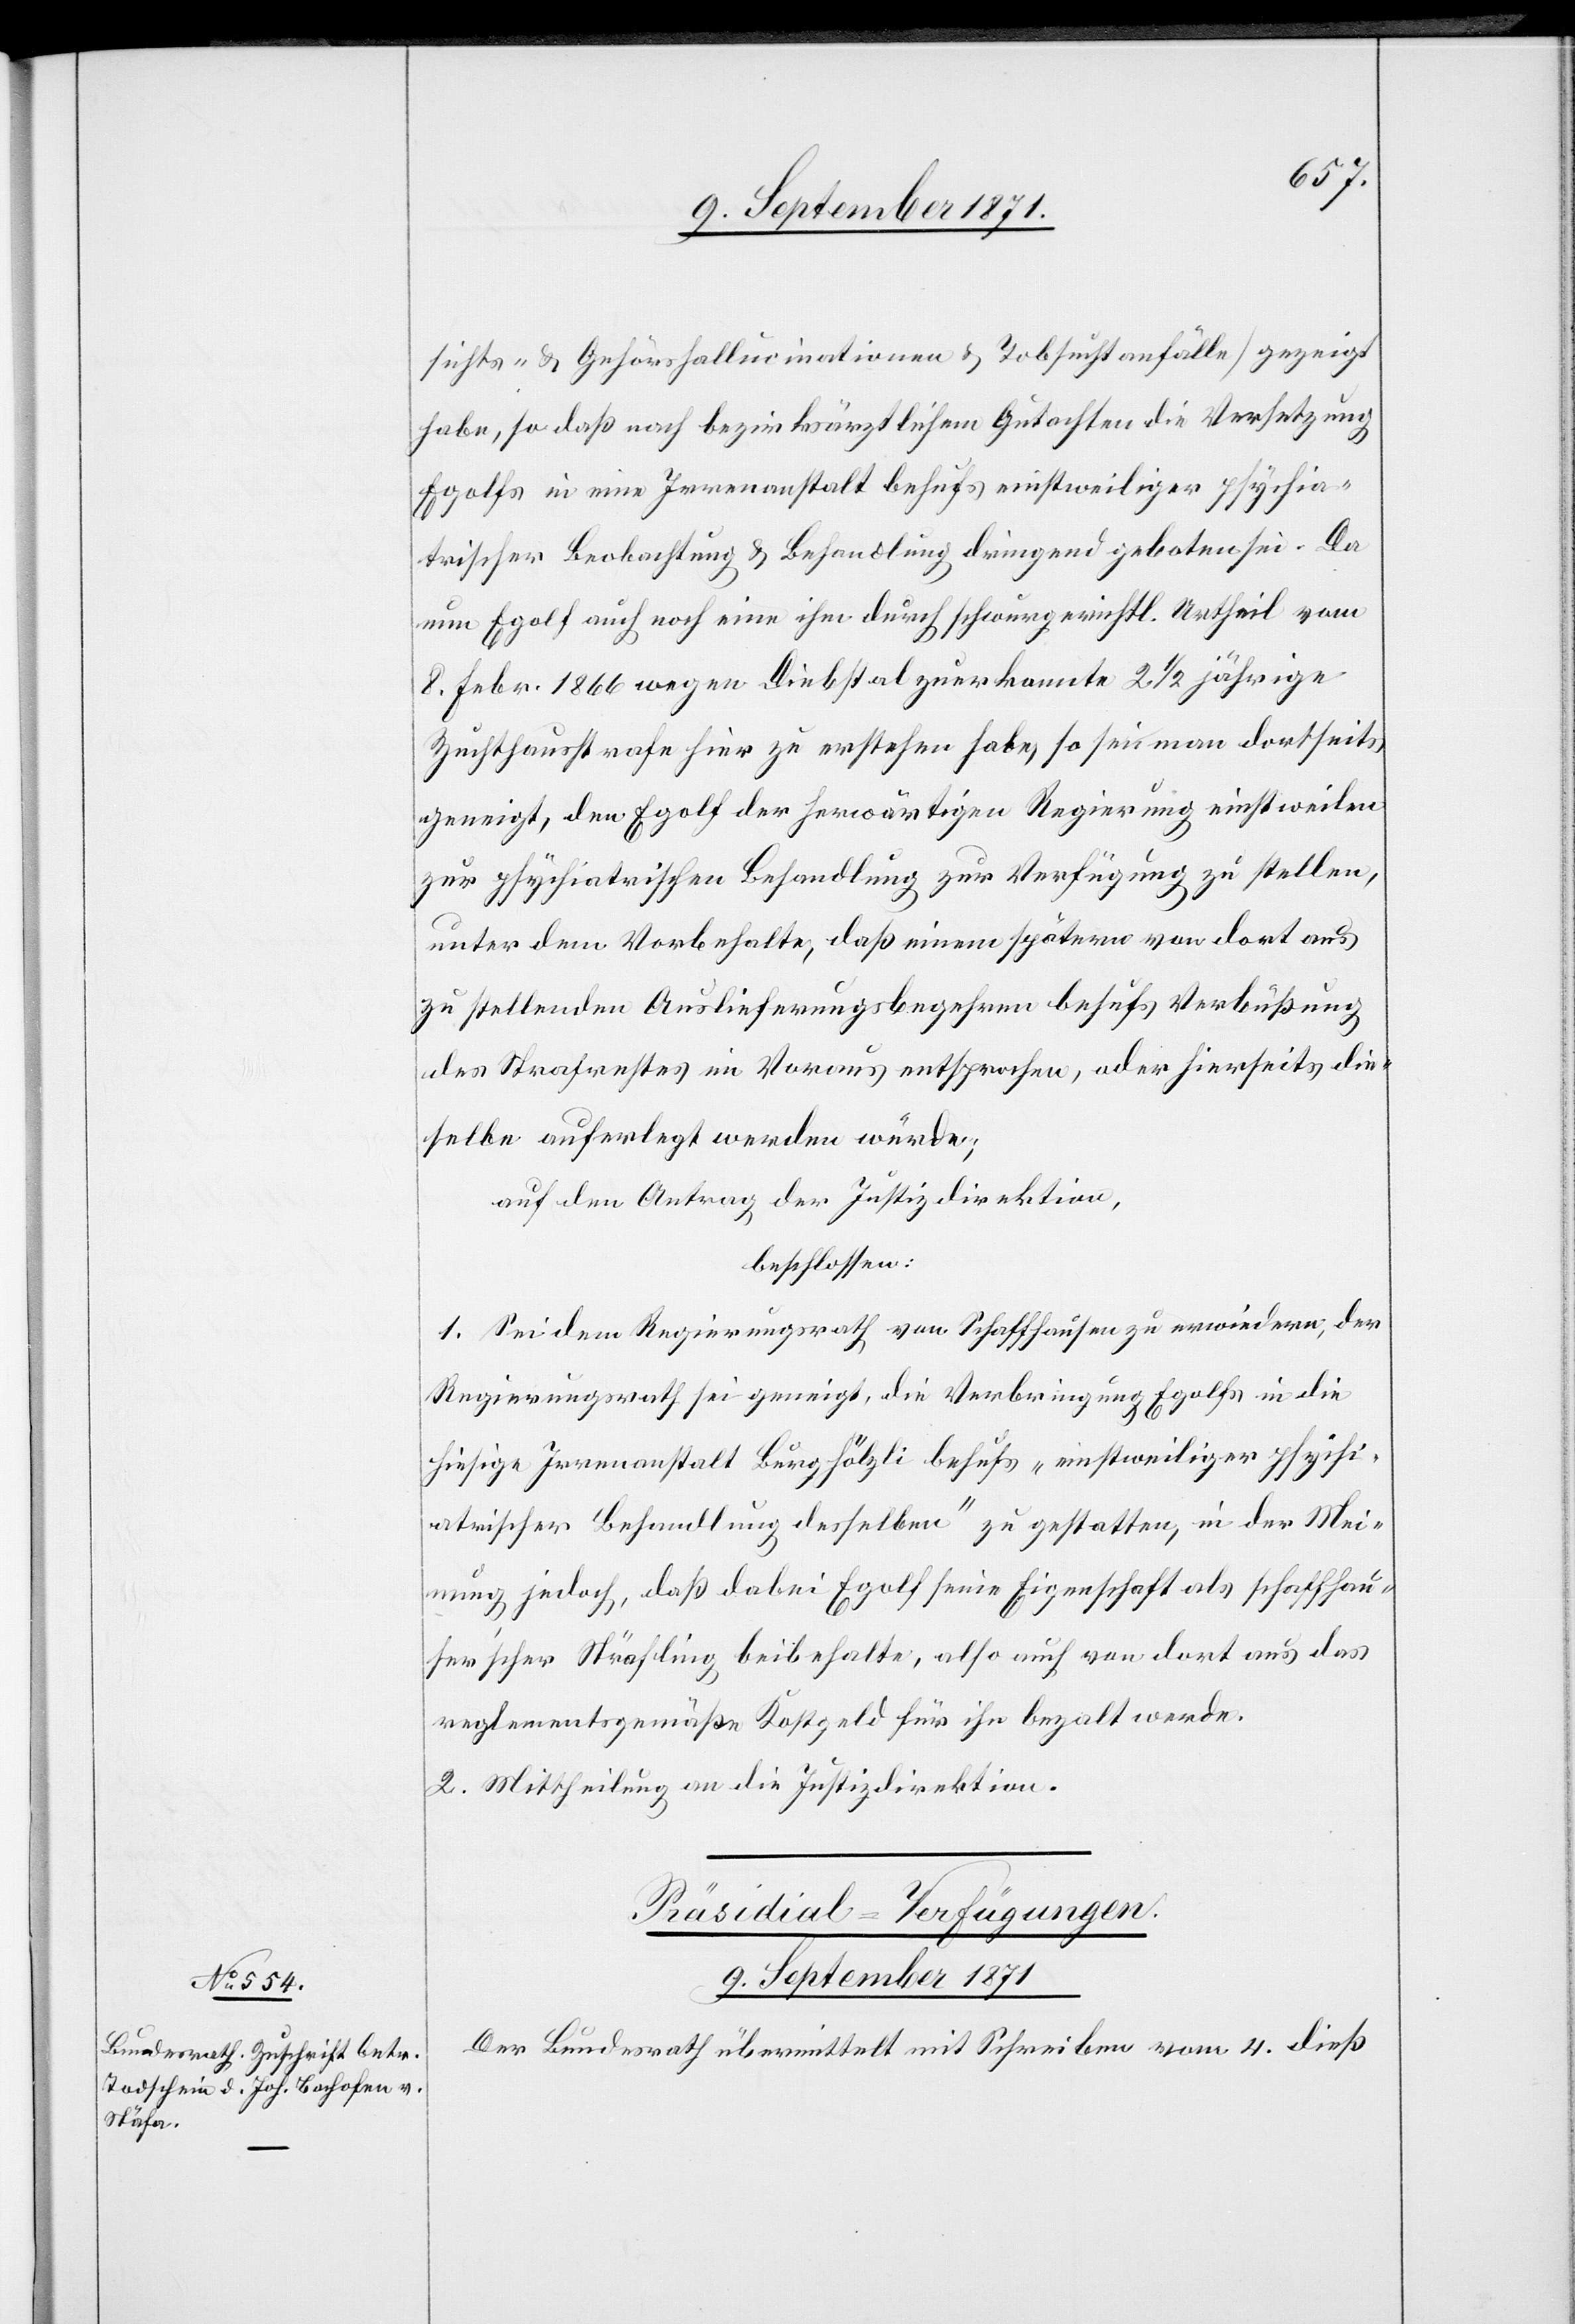
sichts- & Gehörshallucinationen & Tobsuchtsanfälle] gezeigt
habe, so daß nach bezirksärztlichem Gutachten die Versetzung
Egolfs in eine Irrenanstalt behufs einstweiliger psychia¬
trischer Beobachtung & Behandlung dringend geboten sei. Da
nun Egolf auch noch eine ihm durch schwurgerichtl. Urtheil vom
8. Febr. 1866 wegen Diebstal zuerkannte 2 1/2 jährige
Zuchthausstrafe hier zu erstehen habe, so sei man dortseits
geneigt, den Egolf der herwärtigen Regierung einstweilen
zur psychiatrischen Behandlung zur Verfügung zu stellen,
unter dem Vorbehalte, daß einem spätern von dort aus
zu stellenden Auslieferungsbegehren behufs Verbüßung
des Strafrechtes im Voraus entsprochen, oder hierseits die¬
selbe auferlegt werden würde;
auf den Antrag der Justizdirektion,
beschlossen:
1. Sei dem Regierungsrath von Schaffhausen zu erwiedern, der
Regierungsrath sei geneigt, die Verbringung Egolfs in die
hiesige Irrenanstalt Burghölzli behufs „einstweiliger psychi¬
atrischer Behandlung desselben“ zu gestatten, in der Mei¬
nung jedoch, daß dabei Egolf seine Eigenschaft als schaffhau¬
ser’scher Sträfling beibehalte, also auch von dort aus das
reglementsgemäße Kostgeld für ihn bezahlt werde.
2. Mittheilung an die Justizdirektion.
Präsidial-Verfügungen.
9. September 1871.
Der Bundesrath übermittelt mit Schreiben vom 4. dieß